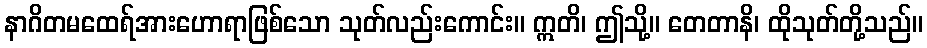
နာဂိတမထေရ်အားဟောရာဖြစ်သော သုတ်လည်းကောင်း။ ဣတိ၊ ဤသို့။ တေတာနိ၊ ထိုသုတ်တို့သည်။